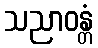
သညာဝန္တံ